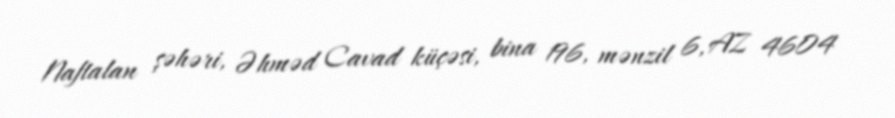
Naftalan şəhəri, Əhməd Cavad küçəsi, bina 196, mənzil 6, AZ 4604